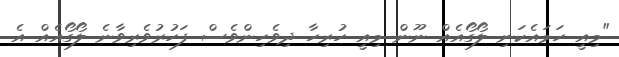
"މިއީ ހަމައެކަނި ލޯގޯއެއް ނޫން މިއީ ހުރިހާ ދިވެހިންވެސް ފަހުރުވެރިވާނެ ލޯގޯއެއް އެ